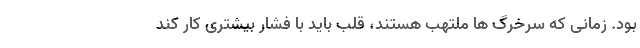
بود. زمانی که سرخرگ ها ملتهب هستند، قلب باید با فشار بیشتری کار کند